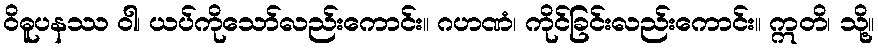
ဝိဓူပနဿ ဝါ၊ ယပ်ကိုသော်လည်းကောင်း။ ဂဟဏံ၊ ကိုင်ခြင်းလည်းကောင်း။ ဣတိ၊ သို့။